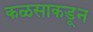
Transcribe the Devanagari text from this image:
कळसाकडून